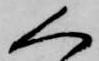
く